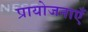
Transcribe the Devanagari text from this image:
प्रायोजनाएँ